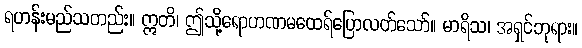
ရဟန်းမည်သတည်း။ ဣတိ၊ ဤသို့ရောဟဏမထေရ်ပြောလတ်သော်။ မာရိသ၊ အရှင်ဘုရား။